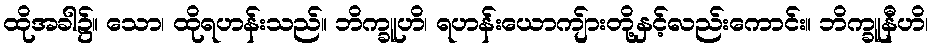
ထိုအခါ၌။ သော၊ ထိုရဟန်းသည်။ ဘိက္ခူဟိ၊ ရဟန်းယောကျ်ားတို့နှင့်လည်းကောင်း။ ဘိက္ခူနီဟိ၊